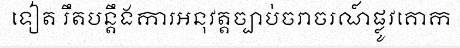
ទៀត រឹតបន្តឹងការអនុវត្តច្បាប់ចរាចរណ៍ផ្លូវគោក